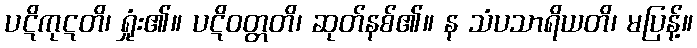
ပဋိကုဋတိ၊ ရှုံး၏။ ပဋိဝတ္တတိ၊ ဆုတ်နစ်၏။ န သံပသာရိယတိ၊ မပြန့်။